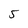
Character: 5